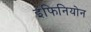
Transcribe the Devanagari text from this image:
इंफिनियोन